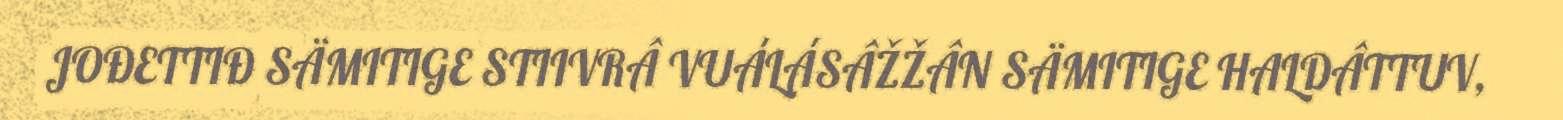
JOĐETTIĐ SÄMITIGE STIIVRÂ VUÁLÁSÂŽŽÂN SÄMITIGE HALDÂTTUV,